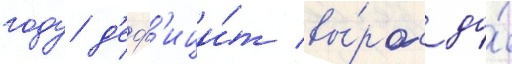
году д'еф'ици́т вы́рос до́